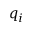
q _ { i }